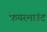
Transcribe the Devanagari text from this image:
फ़ेयरमाउंट